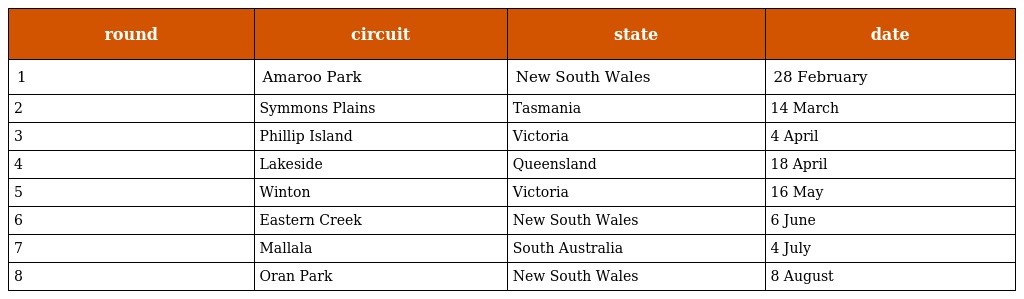
| round | circuit | state | date |
 | --- | --- | --- | --- |
 | 1 | Amaroo Park | New South Wales | 28 February |
 | 2 | Symmons Plains | Tasmania | 14 March |
 | 3 | Phillip Island | Victoria | 4 April |
 | 4 | Lakeside | Queensland | 18 April |
 | 5 | Winton | Victoria | 16 May |
 | 6 | Eastern Creek | New South Wales | 6 June |
 | 7 | Mallala | South Australia | 4 July |
 | 8 | Oran Park | New South Wales | 8 August |